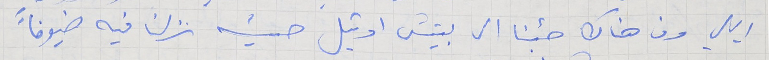
ايلي ومن هناك جئنا الى بيتش اوتيل حيث نزلنا فيه ضيوفاً